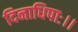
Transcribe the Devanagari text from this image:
दिनाधिपाः।।